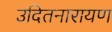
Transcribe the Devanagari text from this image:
उदितनारायण